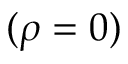
( \rho = 0 )